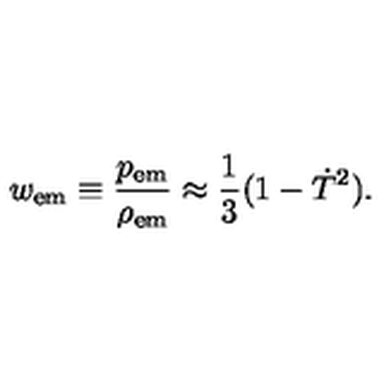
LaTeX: w _ { \mathrm { e m } } \equiv \frac { p _ { \mathrm { e m } } } { \rho _ { \mathrm { e m } } } \approx \frac { 1 } { 3 } ( 1 - \dot { T } ^ { 2 } ) .